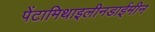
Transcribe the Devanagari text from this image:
पेंटामिथाइलीनडाईमीन